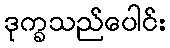
ဒုက္ခသည်ပေါင်း